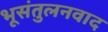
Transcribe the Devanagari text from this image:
भूसंतुलनवाद